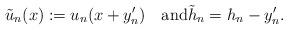
LaTeX: \begin{align*}\tilde u_n(x):=u_n(x+y_n')\quad\hbox{and}\tilde h_n=h_n-y_n'.\end{align*}